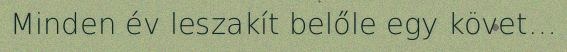
Minden év leszakít belőle egy követ…